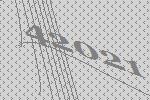
42021